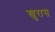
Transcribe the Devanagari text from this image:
खुरास